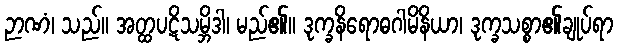
ဉာဏံ၊ သည်။ အတ္ထပဋိသမ္ဘိဒါ၊ မည်၏။ ဒုက္ခနိရောဓဂါမိနိယာ၊ ဒုက္ခသစ္စာ၏ချုပ်ရာ